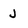
Character: J